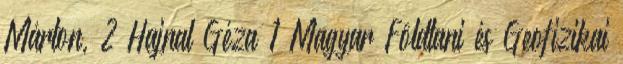
Márton, 2 Hajnal Géza 1 Magyar Földtani és Geofizikai